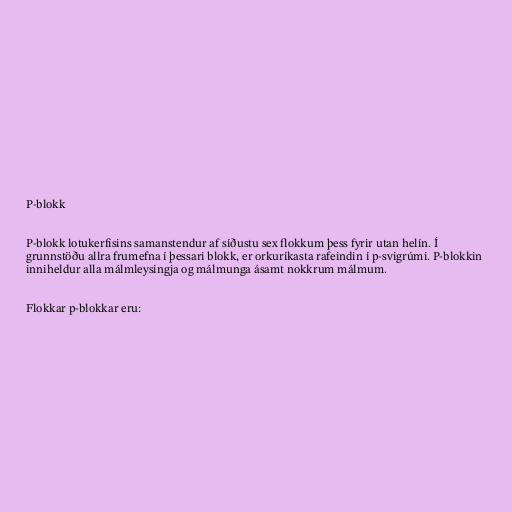
P-blokk

P-blokk lotukerfisins samanstendur af síðustu sex flokkum þess fyrir utan helín. Í
grunnstöðu allra frumefna í þessari blokk, er orkuríkasta rafeindin í p-svigrúmi. P-blokkin
inniheldur alla málmleysingja og málmunga ásamt nokkrum málmum.

Flokkar p-blokkar eru: